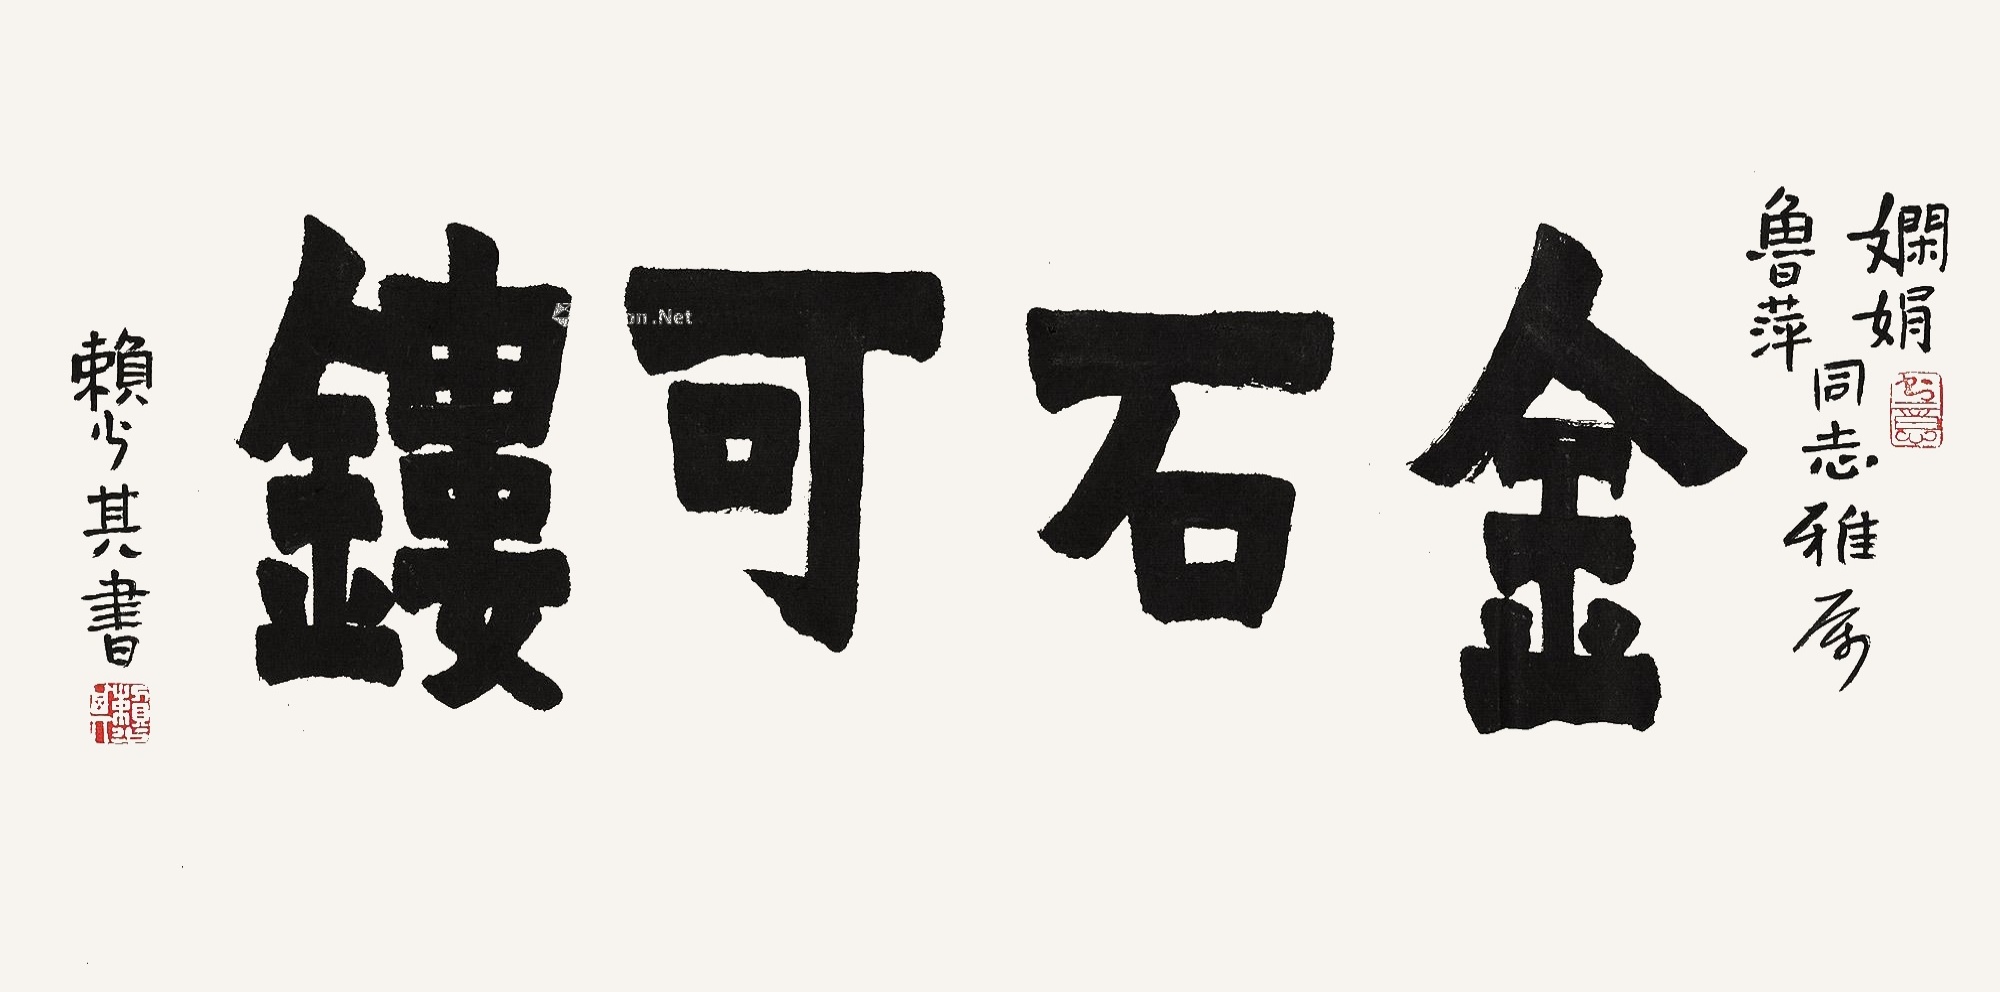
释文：金石可镂。娴娟、鲁萍同志雅属，赖少其书。